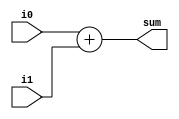
module add32(i0,i1,sum);
       input [31:0] i0,i1;
       output [31:0] sum;
       assign sum = i0 + i1;
endmodule